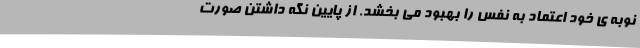
نوبه ی خود اعتماد به نفس را بهبود می بخشد. از پایین نگه داشتن صورت